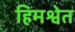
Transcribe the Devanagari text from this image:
हिमश्वेत